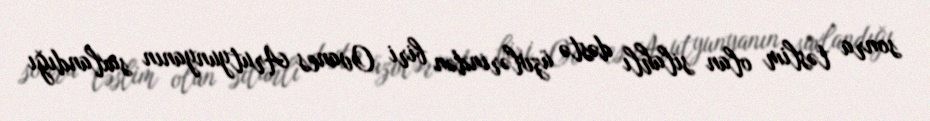
sonra təslim olan silahlı dəstə üzvlərindən biri Ovanes Arutyunyanın saxlandığı